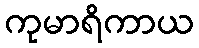
ကုမာရိကာယ